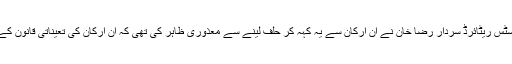
چیف الیکشن کمشنر جسٹس ریٹائرڈ سردار رضا خان نے ان ارکان سے یہ کہہ کر حلف لینے سے معذوری ظاہر کی تھی کہ ان ارکان کی تعیناتی قانون کے مطابق نہیں کی گئی۔